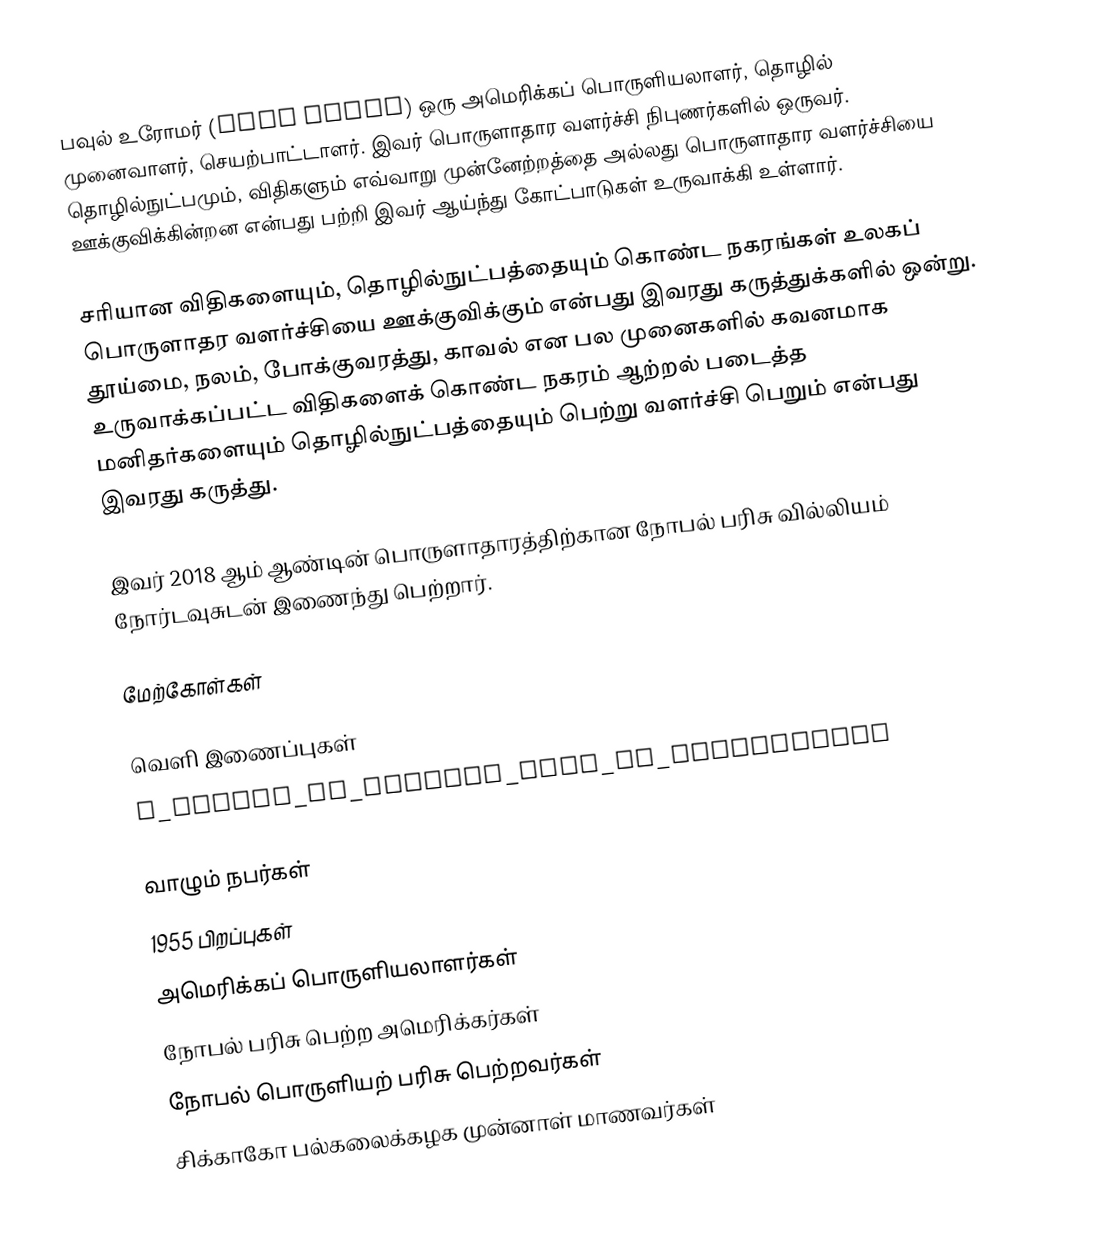
பவுல் உரோமர் (Paul Romer) ஒரு அமெரிக்கப் பொருளியலாளர், தொழில் முனைவாளர், செயற்பாட்டாளர்.  இவர் பொருளாதார வளர்ச்சி நிபுணர்களில் ஒருவர்.  தொழில்நுட்பமும், விதிகளும் எவ்வாறு முன்னேற்றத்தை அல்லது பொருளாதார வளர்ச்சியை ஊக்குவிக்கின்றன என்பது பற்றி இவர் ஆய்ந்து கோட்பாடுகள் உருவாக்கி உள்ளார்.

சரியான விதிகளையும், தொழில்நுட்பத்தையும் கொண்ட நகரங்கள் உலகப் பொருளாதர வளர்ச்சியை ஊக்குவிக்கும் என்பது இவரது கருத்துக்களில் ஒன்று.  தூய்மை, நலம், போக்குவரத்து, காவல் என பல முனைகளில் கவனமாக உருவாக்கப்பட்ட விதிகளைக் கொண்ட நகரம் ஆற்றல் படைத்த மனிதர்களையும் தொழில்நுட்பத்தையும் பெற்று வளர்ச்சி பெறும் என்பது இவரது கருத்து.

இவர் 2018 ஆம் ஆண்டின் பொருளாதாரத்திற்கான நோபல் பரிசு வில்லியம் நோர்டவுசுடன் இணைந்து பெற்றார்.

மேற்கோள்கள்

வெளி இணைப்புகள்
 A_Theory_of_History_with_an_Application

வாழும் நபர்கள்
1955 பிறப்புகள்
அமெரிக்கப் பொருளியலாளர்கள்
நோபல் பரிசு பெற்ற அமெரிக்கர்கள்
நோபல் பொருளியற் பரிசு பெற்றவர்கள்
சிக்காகோ பல்கலைக்கழக முன்னாள் மாணவர்கள்